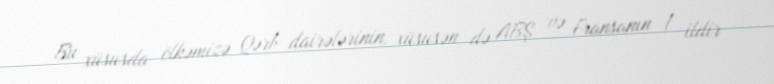
Bu xüsusda ölkəmizə Qərb dairələrinin, xüsusən də ABŞ və Fransanın 1 ildir